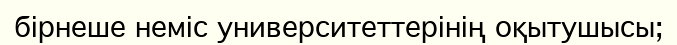
бірнеше неміс университеттерінің оқытушысы;